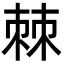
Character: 棘